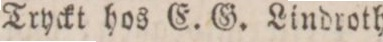
Tryckt hos E. G. Lindroth.